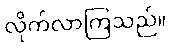
လိုက်လာကြသည်။